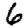
Digit: 6